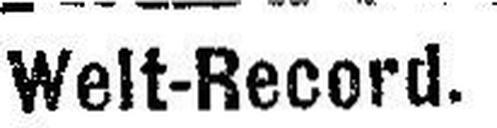
Welt-Record.